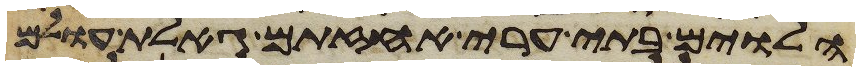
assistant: הלוים בתי ערי אחזתם גאלת עולם